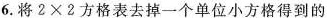
6.将$$2 \times 2$$方格表去掉一个单位小方格得到的